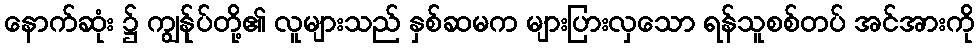
နောက်ဆုံး ၌ ကျွန်ုပ်တို့၏ လူများသည် နှစ်ဆမက များပြားလှသော ရန်သူစစ်တပ် အင်အားကို